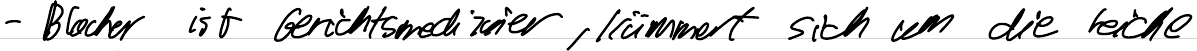
- Blocher ist Gerichtsmediziner, kümmert sich um die Leiche